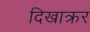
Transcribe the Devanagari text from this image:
दिखाक्रर